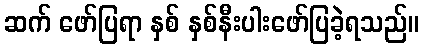
ဆက် ဖော်ပြရာ နှစ် နှစ်နီးပါးဖော်ပြခဲ့ရသည်။